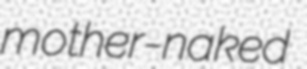
mother-naked